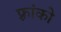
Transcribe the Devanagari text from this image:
फ़्रांको